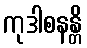
ကုဒါစနန္တိ